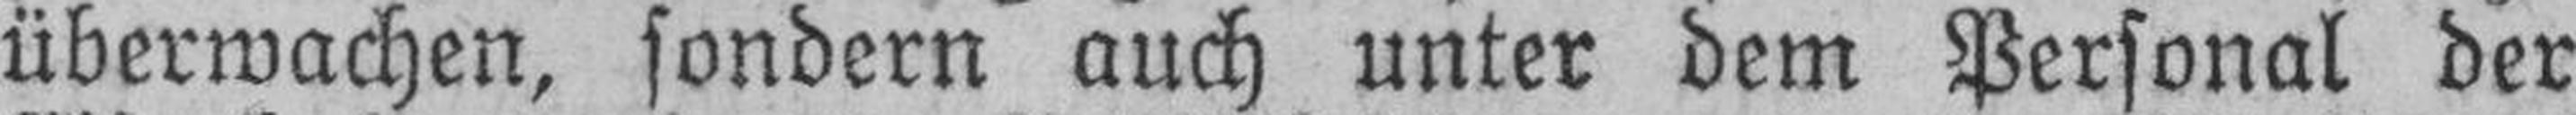
überwachen, sondern auch unter dem Personal der